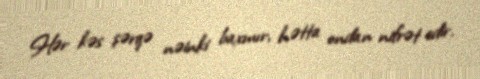
Hər kəs şərqə nəinki baxmır, hətta ondan nifrət edir.